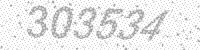
Solution: 303534